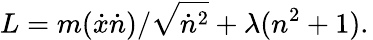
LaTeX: L=m({\dot{x}}{\dot{n}})/{\sqrt{{\dot{n}}^{2}}}+\lambda(n^{2}+1).\,